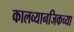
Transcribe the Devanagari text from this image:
कालव्यानजिकच्या